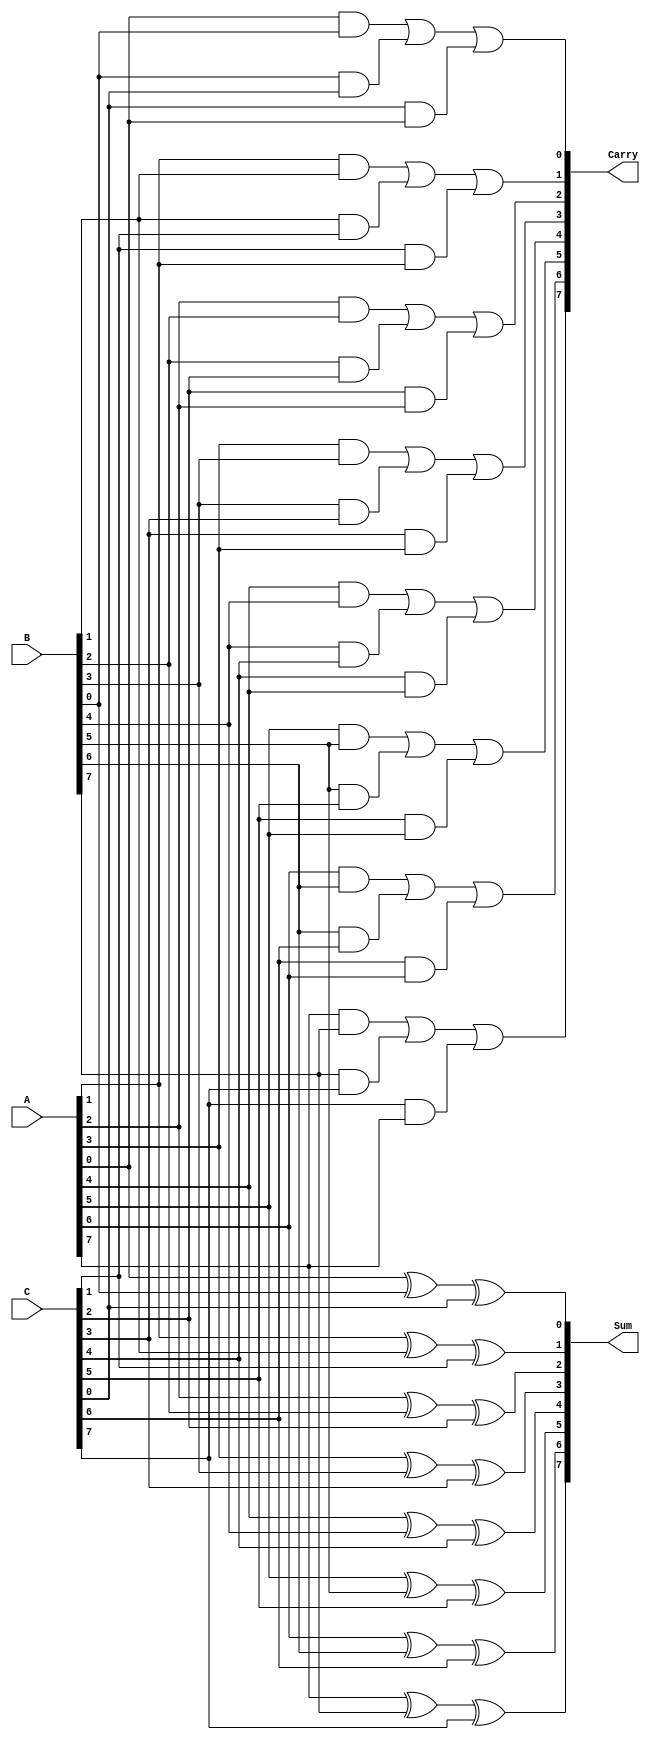
module RippleCarrySaveAdder #(parameter n = 8) (
    input  [n-1:0] A, // First input
    input  [n-1:0] B, // Second input
    input  [n-1:0] C, // Third input
    output [n-1:0] Sum, // Partial sum output
    output [n-1:0] Carry // Final carry output
);

    wire [n-1:0] P; // Partial sums
    wire [n-1:0] C_temp; // Temporary carries

    // Generate partial sums and carries
    genvar i;
    generate
        for (i = 0; i < n; i = i + 1) begin : RCSA
            // Partial sum for bit i
            assign P[i] = A[i] ^ B[i] ^ C[i];
            
            // Carry generation for bit i
            assign C_temp[i] = (A[i] & B[i]) | (B[i] & C[i]) | (C[i] & A[i]);
        end
    endgenerate

    // Assign the final sum and carry outputs
    assign Sum = P; // Final sum is the last computed partial sum
    assign Carry = C_temp; // Final carry is the last computed carry

endmodule